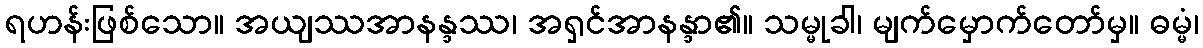
ရဟန်းဖြစ်သော။ အယျဿအာနန္ဒဿ၊ အရှင်အာနန္ဒာ၏။ သမ္မုခါ၊ မျက်မှောက်တော်မှ။ ဓမ္မံ၊